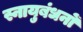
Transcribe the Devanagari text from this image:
स्नायुबंधनों